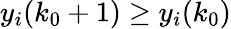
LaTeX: y_{i}(k_{0}+1)\geq y_{i}(k_{0})